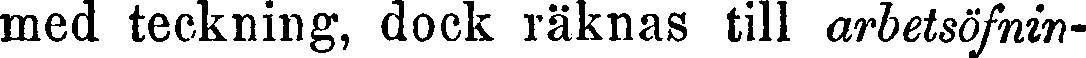
med teckning, dock räknas till arbetsöfnin-